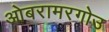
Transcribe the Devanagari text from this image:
ओबरामरगोउ